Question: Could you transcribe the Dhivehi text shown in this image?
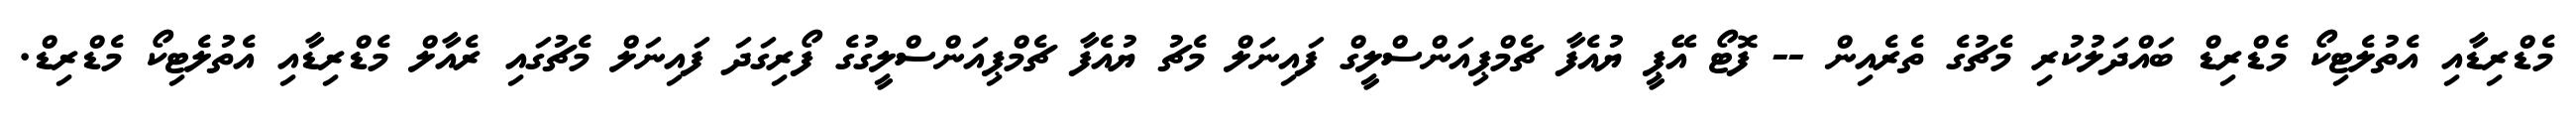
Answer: މެޑްރިޑާއި އެތުލެޓިކޯ މެޑްރިޑް ބައްދަލުކުރި މެޗުގެ ތެރެއިން -- ފޮޓޯ އޭޕީ ޔުއެފާ ޗެމްޕިއަންސްލީގް ފައިނަލް މެޗު ޔުއެފާ ޗެމްޕިއަންސްލީގުގެ ފޯރިގަދަ ފައިނަލް މެޗުގައި ރެއާލް މެޑްރިޑާއި އެތުލެޓިކޯ މެޑްރިޑް.